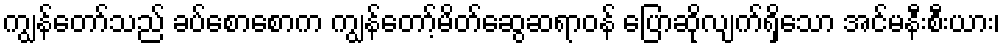
ကျွန်တော်သည် ခပ်စောစောက ကျွန်တော့်မိတ်ဆွေဆရာဝန် ပြောဆိုလျက်ရှိသော အင်မနီးစီးယား၊